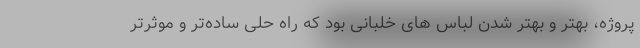
پروژه، بهتر و بهتر شدن لباس های خلبانی بود که راه حلی ساده‌تر و موثرتر